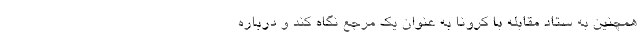
همچنین به ستاد مقابله با کرونا به عنوان یک مرجع نگاه کند و درباره